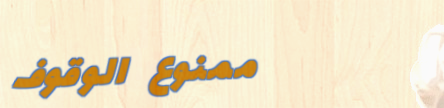
ممنوع الوقوف